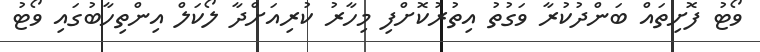
ވޯޓު ފޮށިތައް ބަންދުކުރާ ވަގުތު އިތުރުކޮށްފި މިހާރު ކުރިއަށްދާ ލޯކަލް އިންތިހާބުގައި ވޯޓު